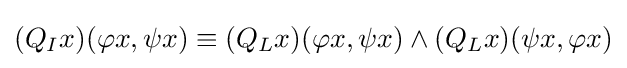
(Q_{I}x)(\varphi x,\psi x)\equiv (Q_{L}x)(\varphi x,\psi x)\land (Q_{L}x)(\psi x,\varphi x)